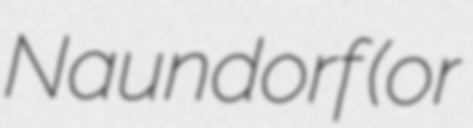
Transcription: Naundorf (or